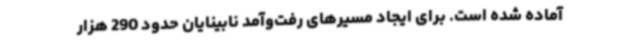
آماده شده است. برای ایجاد مسیرهای رفت‌وآمد نابینایان حدود 290 هزار